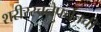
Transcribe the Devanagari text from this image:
शरीररचनेपर्यंतची